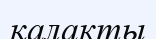
қалакты